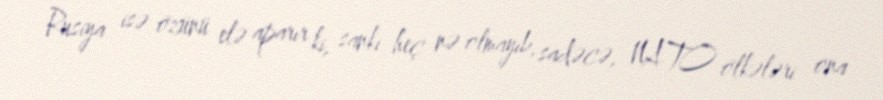
Rusiya isə özünü elə aparır ki, sanki heç nə olmayıb, sadəcə, NATO ölkələri ona